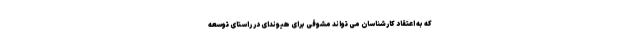
که به اعتقاد کارشناسان می تواند مشوقی برای هیوندای در راستای توسعه